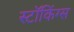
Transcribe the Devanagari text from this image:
स्टॉकिंग्स